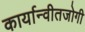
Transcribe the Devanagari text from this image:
कार्यान्वीतजोगी